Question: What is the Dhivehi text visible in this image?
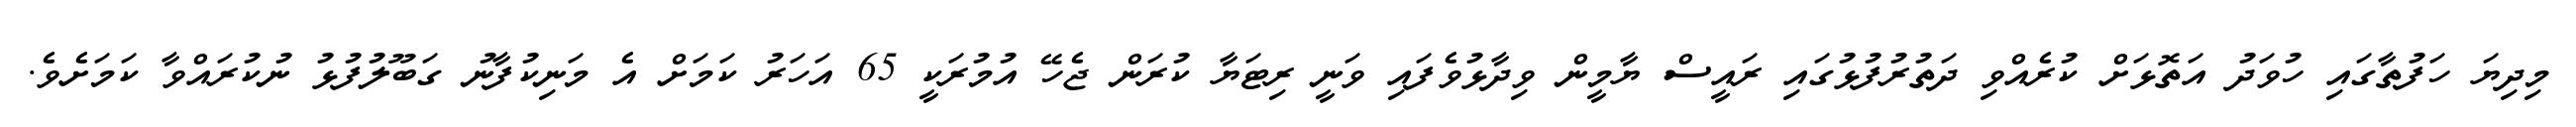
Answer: މިދިޔަ ހަފުތާގައި ހުވަދު އަތޮޅަށް ކުރެއްވި ދަތުރުފުޅުގައި ރައީސް ޔާމީން ވިދާޅުވެފައި ވަނީ ރިޓަޔާ ކުރަން ޖެހޭ އުމުރަކީ 65 އަހަރު ކަމަށް އެ މަނިކުފާނު ގަބޫލުފުޅު ނުކުރައްވާ ކަމަށެވެ.